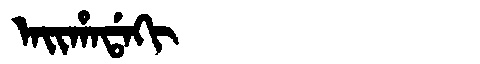
Manchu: ᠠᡳᡥᠠᡩᠠᡴᡳ
Romanization: AIHADAKI